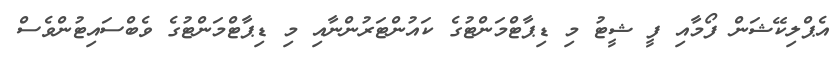
އެޕްލިކޭޝަން ފޯމާއި ފީ ޝީޓު މި ޑިޕާޓްމަންޓުގެ ކައުންޓަރުންނާއި މި ޑިޕާޓްމަންޓުގެ ވެބްސައިޓުންވެސް